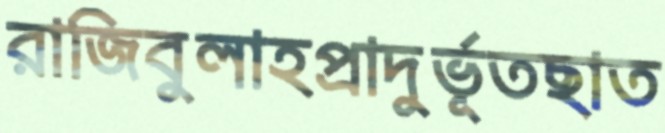
রাজিবুলাহপ্রাদুর্ভূতছাত